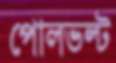
পোলভল্ট